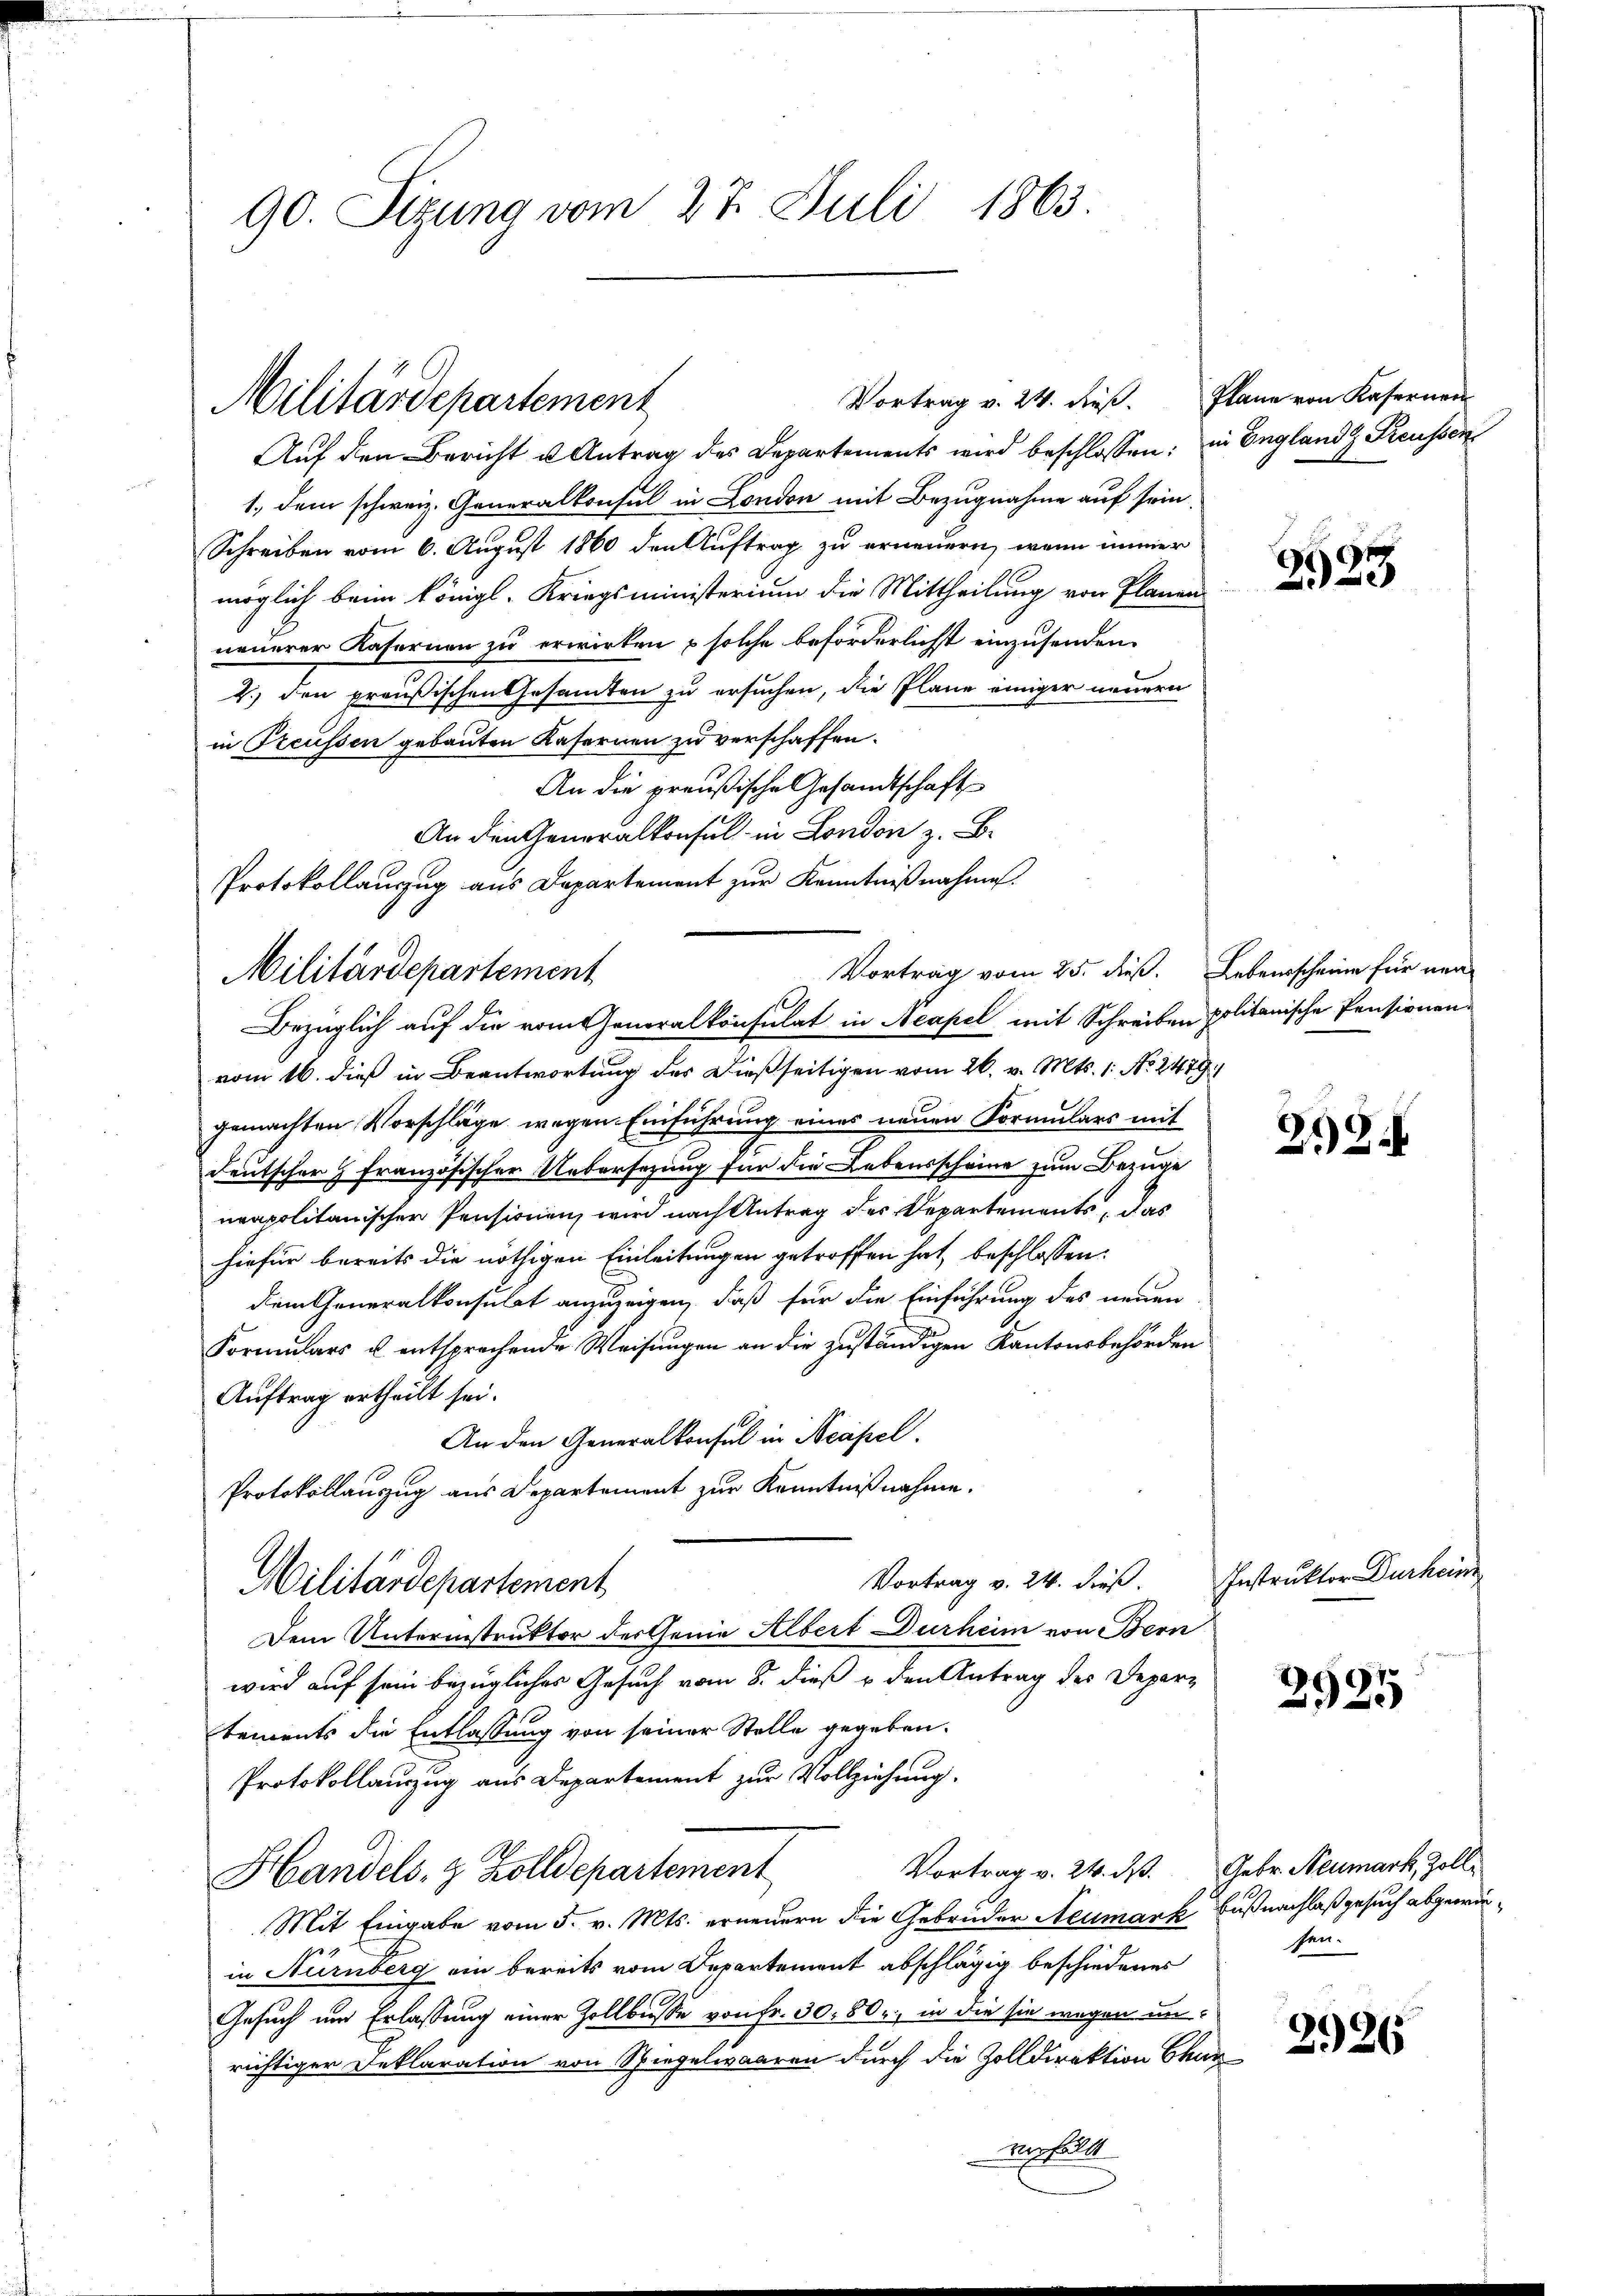
Auf den Bericht u Antrag des Departements wird beschlossen; in England Reussen
1., dem schweiz. Generalkonsul in London mit Bezugnahme auf sein.
Schreiben vom 6. August 1860 den Auftrag zu erneuern, wenn immer
möglich beim Königl. Kriegsministerium die Mittheilung von Planen
neuerer Kasernen zu erwirken u solche beförderlichst einzusenden.
2.) den preußischen Gesamten zu ersuchen, die Plane einiger neuern
in Treussen gebauten Kasernen zu verschaffen.
An die preußische Gesandtschaft
An den Generalkonsul in London z. B.
Protokollauszug aus Departement zur Kenntnißnahme.

90. Sizung vom 27. Juli 1863.

Militärdepartement

Militärdepartement
Bezüglich auf die vom Generalkonsulat in Neapel mit Schreiben,

Vortrag v. 24. dieß. Plane von Kasernen

Vortrag vom 25. dieß. Lebensscheine für neu

vom 16. dieß in Beantwortung des dießseitigen vom 26. v. Mts. 1. No. 2479)
gemachten Vorschläge wegen Einführung eines neuen Formulars mit
deutscher Französischer Uebersezung für die Lebensscheine zum Bezuge
neapolitanischer Pensionen wird nach Antrag des Departements, das
hiefür bereits die nöthigen Einleitungen getroffen hat, beschlossen:
dem Generalkonsulat anzuzeigen, daß für die Einführung des neuen
Formulars u. entsprechende Weisungen an die zuständigen Kantonsbehörden
Auftrag ertheilt sei.
An den Generalkonsul in Neapel.
Protokollauszug aus Departement zur Kenntnißnahme.
Vortrag v. 24. dieß.
Militärdepartement
Dem Unterinstruktor der Genie Albert Durheim von Bern
wird auf sein bezügliches Gesuch vom 8. dieß & den Antrag der Depar-
tements die Entlassung von seiner Stelle gegeben.
Protokollauszug aus Departement zur Vollziehung.
Vortrag v. 24. ds. Gebr. Neumark, Zoll¬
Handels- & Zolldepartement
Mit Eingabe vom 5. v. Mts. erneuern die Gebrüder Neumark Bußnachlaß gesuch abgewirin Nürnberg ein bereits vom Departement abschlägig beschiedenes
Gesuch um Erlassung einer Zollbusse von fr. 30, 80, in die sie wegen unrichtiger Deklaration von Spiegelwaaren durch die Zolldirektion Brun
verfällt

e
123

politanische Pensionen.

212.

Instruktor Durheine

2925

sen.

2926